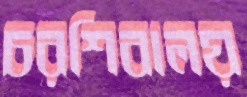
চরশিবালয়